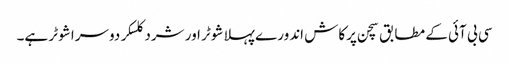
سی بی آئی کے مطابق سچن پرکاش اندورے پہلا شوٹر اور شرد کلسکر دوسرا شوٹر ہے۔